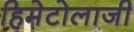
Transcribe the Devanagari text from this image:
हिमेटोलाजी